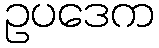
ဥပဒေက